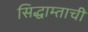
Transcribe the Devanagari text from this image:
सिद्धाम्ताची